Punjab Mental Hospital Lahore 1922-31 - 1922-1931
Year: 1922
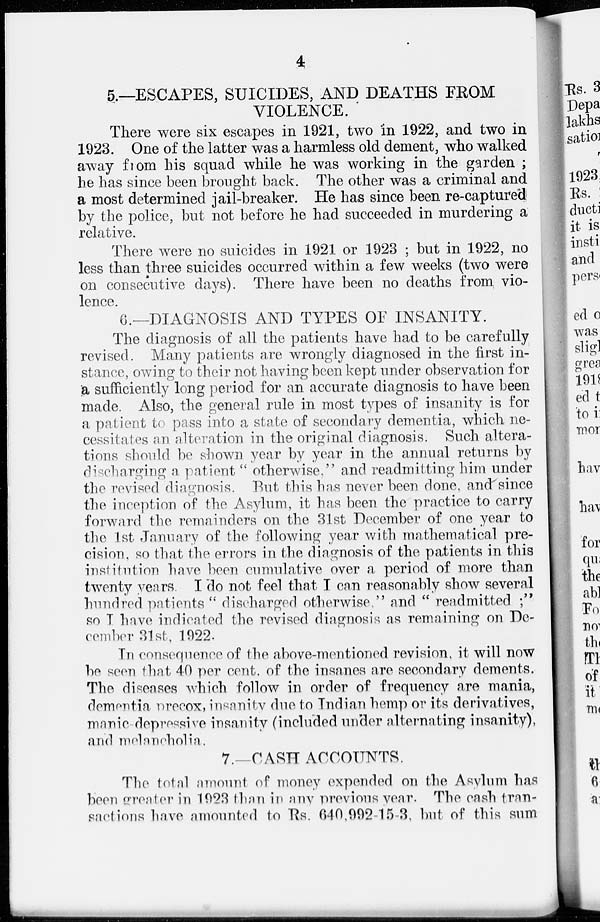
4
5.—ESCAPES, SUICIDES, AND DEATHS FROM
VIOLENCE.
There were six escapes in 1921, two in 1922, and two in
1923. One of the latter was a harmless old dement, who walked
away from his squad while he was working in the garden ;
he has since been brought back. The other was a criminal and
a most determined jail-breaker. He has since been re-captured
by the police, but not before he had succeeded in murdering a
relative.
There were no suicides in 1921 or 1923 ; but in 1922, no
less than three suicides occurred within a few weeks (two were
on consecutive days). There have been no deaths from vio-
lence.
6.—DIAGNOSIS AND TYPES OF INSANITY.
The diagnosis of all the patients have had to be carefully
revised. Many patients are wrongly diagnosed in the first in-
stance, owing to their not having been kept under observation for
a sufficiently long period for an accurate diagnosis to have been
made. Also, the general rule in most types of insanity is for
a patient to pass into a state of secondary dementia, which ne-
cessitates an alteration in the original diagnosis. Such altera-
tions should be shown year by year in the annual returns by
discharging a patient " otherwise," and readmitting him under
the revised diagnosis. But this has never been done, and since
the inception of the Asylum, it has been the practice to carry
forward the remainders on the 31st December of one year to
the 1st January of the following year with mathematical pre-
cision, so that the errors in the diagnosis of the patients in this
institution have been cumulative over a period of more than
twenty years. I do not feel that I can reasonably show several
hundred patients " discharged otherwise," and " readmitted ;"
so I have indicated the revised diagnosis as remaining on De-
cember 31st, 1922.
In consequence of the above-mentioned revision, it will now
be seen that 40 per cent. of the insanes are secondary dements.
The diseases which follow in order of frequency are mania,
dementia precox, insanity due to Indian hemp or its derivatives,
manic-depressive insanity (included under alternating insanity),
and melancholia.
7.—CASH ACCOUNTS.
The total amount of money expended on the Asylum has
been greater in 1923 than in any previous year. The cash tran-
sactions have amounted to Rs. 640,992-15-3, but of this sum